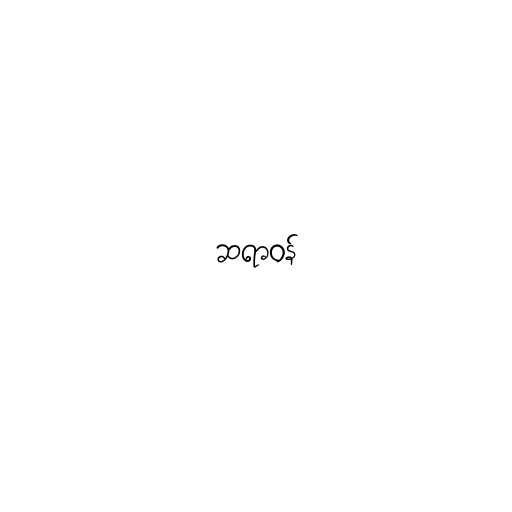
ဆရာဝန်